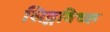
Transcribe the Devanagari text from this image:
सिद्गविच्क